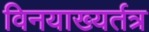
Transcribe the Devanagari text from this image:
विनयाख्यर्तत्र